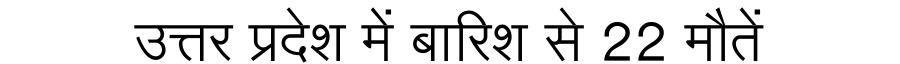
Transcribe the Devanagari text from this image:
उत्तर प्रदेश में बारिश से 22 मौतें